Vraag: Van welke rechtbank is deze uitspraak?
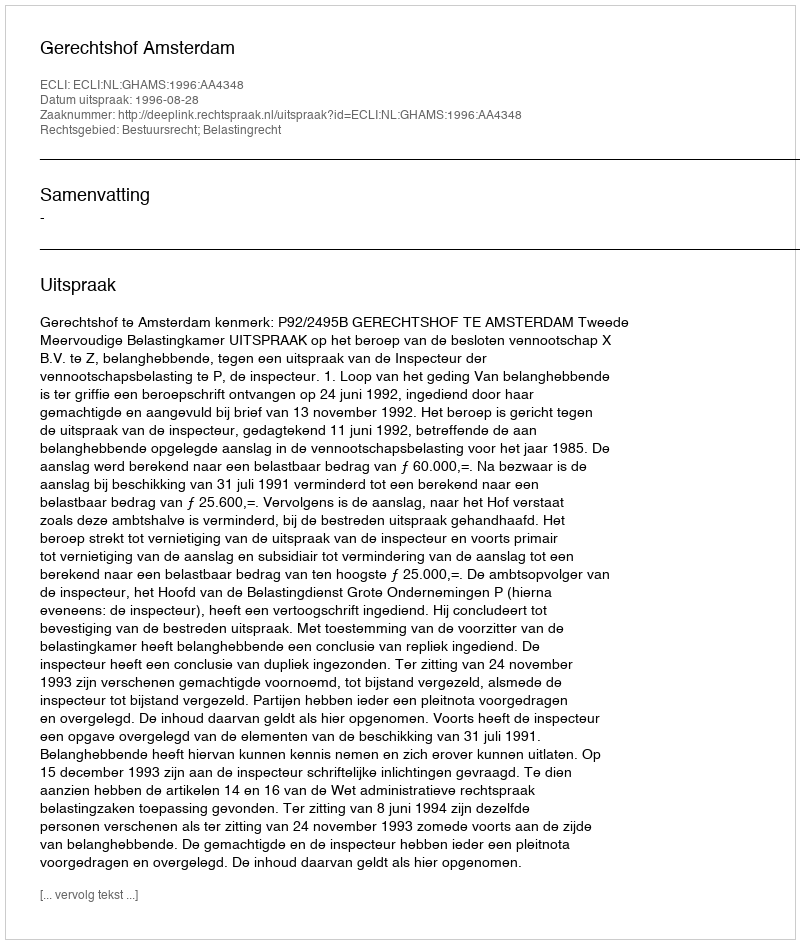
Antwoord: Gerechtshof Amsterdam